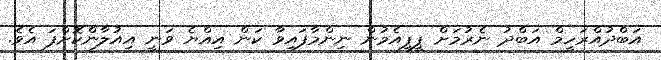
އަބްދުއްރަހީމް އަބްދު ނެރުމަށް ޕީޕީއެމުން ނިންމާފައިވާ ކަން އިއްޔެ ވަނީ އިއުލާންކޮށްފަ އެވެ.